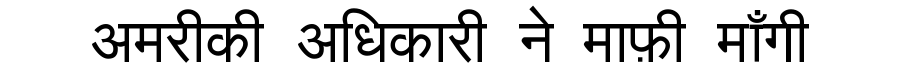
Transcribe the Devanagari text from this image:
अमरीकी अधिकारी ने माफ़ी माँगी